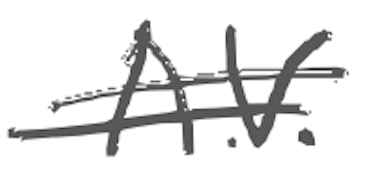
Text: A.V.
Cross-out: double-line
Writing tool: digital_gray